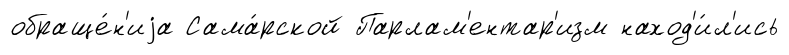
обраще́н'иjа Сама́рской Парлам'ентар'изм наход'и́л'ись